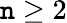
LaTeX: \mathtt{n}\geq2